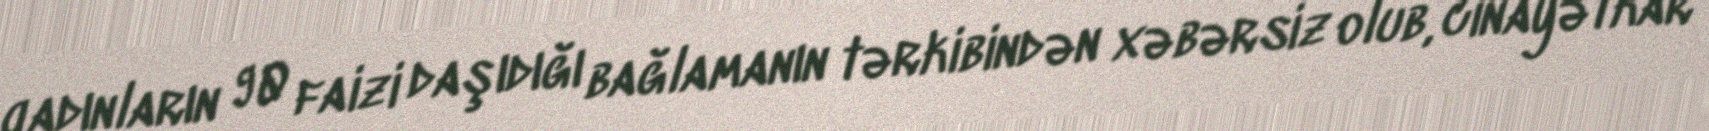
qadınların 90 faizi daşıdığı bağlamanın tərkibindən xəbərsiz olub, cinayətkar